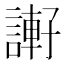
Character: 𧫂